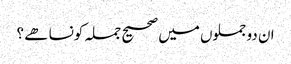
ان دو جملوں میں صحیح جملہ کونسا ھے ؟